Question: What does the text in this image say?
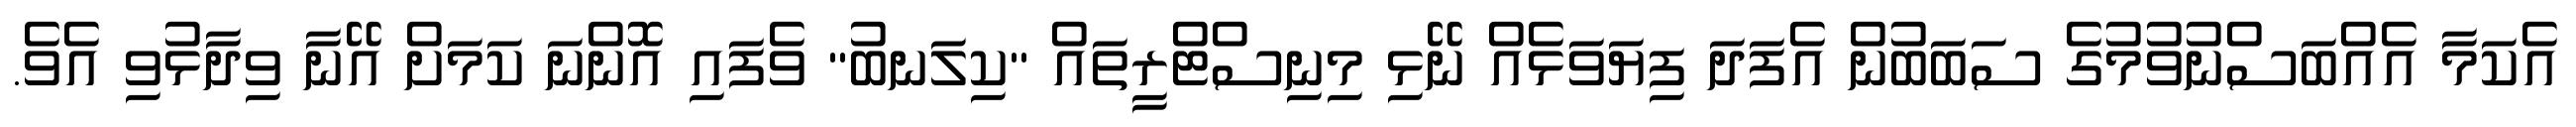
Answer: އެކަމާ އެއްބަސްނުވުމުގެ ސަބަބުން އެފަދަ ފިޔަވަޅެއް ނޭޅި މިނިސްޓްރީތައް "ކިލަނބު" ވެފައި އޮންނަ ކަމަށް އޭނާ ވިދާޅުވި އެވެ.